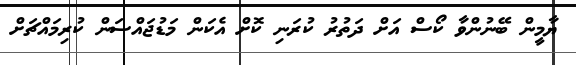
ޔާމީން ބޭނުންވާ ކޯސް އަށް ދަތުރު ކުރަނި ކޮށް އެކަން މަޑުޖައްސަން ކުރިމައްޗަށް